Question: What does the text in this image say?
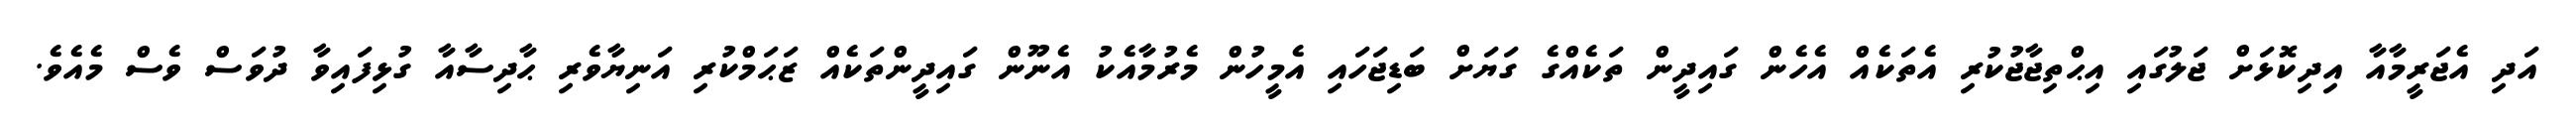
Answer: އަދި އެޖަރީމާއާ އިދިކޮޅަށް ޖަލުގައި އިޙްތިޖާޖުކުރި އެތަކެއް އެހެން ގައިދީން ތަކެއްގެ ގަޔަށް ބަޑިޖަހައި އެމީހުން މެރުމާއެކު އެނޫން ގައިދީންތަކެއް ޒަޙަމްކުރި އަނިޔާވެރި ޙާދިސާއާ ގުޅިފައިވާ ދުވަސް ވެސް މެއެވެ.